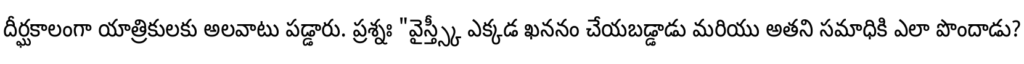
దీర్ఘకాలంగా యాత్రికులకు అలవాటు పడ్డారు. ప్రశ్నః "వైస్త్స్కీ ఎక్కడ ఖననం చేయబడ్డాడు మరియు అతని సమాధికి ఎలా పొందాడు?